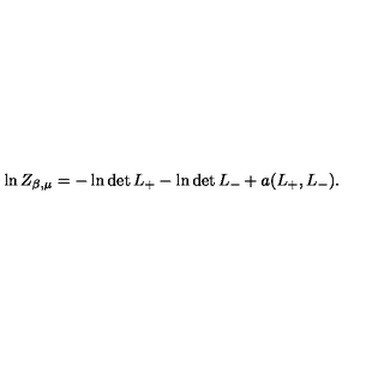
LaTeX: \ln Z _ { \beta , \mu } = - \ln \det L _ { + } - \ln \det L _ { - } + a ( L _ { + } , L _ { - } ) .